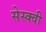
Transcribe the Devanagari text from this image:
सेस्क्वी